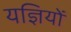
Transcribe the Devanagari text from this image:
यज्ञियों